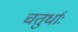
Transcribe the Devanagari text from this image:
चतुर्धाः